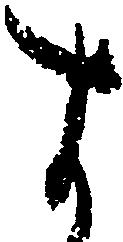
す